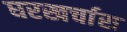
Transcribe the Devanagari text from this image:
घरखर्चास